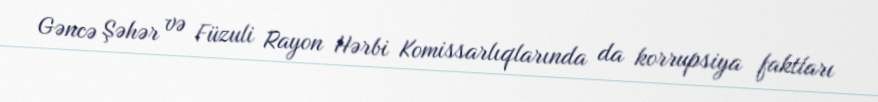
Gəncə Şəhər və Füzuli Rayon Hərbi Komissarlıqlarında da korrupsiya faktları